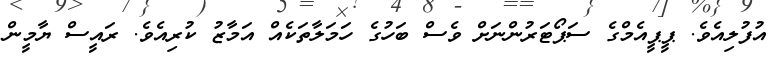
އުފުލިއެވެ. ޕީޕީއެމްގެ ސަޕޯޓަރުންނަށް ވެސް ބަހުގެ ހަމަލާތަކެއް އަމާޒު ކުރިއެވެ. ރައީސް ޔާމީން